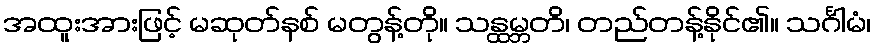
အထူးအားဖြင့် မဆုတ်နစ် မတွန့်တို။ သန္ထမ္ဘတိ၊ တည်တန့်နိုင်၏။ သင်္ဂါမံ၊